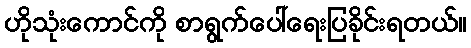
ဟိုသုံးကောင်ကို စာရွက်ပေါ်ရေးပြခိုင်းရတယ်။